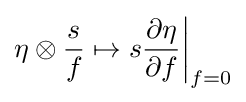
\eta \otimes {\frac {s}{f}}\mapsto s{\frac {\partial \eta }{\partial f}}{\bigg |}_{f=0}